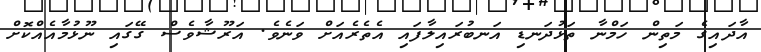
އާދައިގެ މަތިން ހަމްނާ ތަޅުދަނޑި އަނބުރައިލާފައި އެތެރެއަށް ވަނެވެ. އަރޫޝާވެސް ގޭގައި ނޫޅުމާއެއްކޮށް